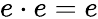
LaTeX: e\cdot e=e